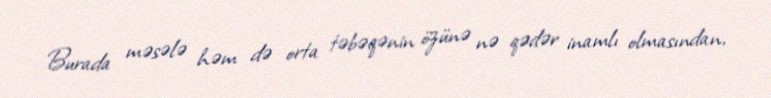
Burada məsələ həm də orta təbəqənin özünə nə qədər inamlı olmasından,